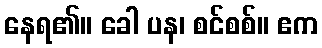
နေရ၏။ ခေါ ပန၊ စင်စစ်။ ဧက